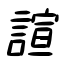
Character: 諠